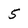
Character: 5